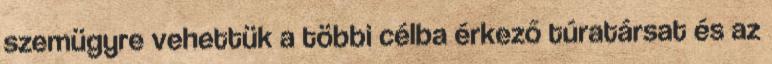
szemügyre vehettük a többi célba érkező túratársat és az